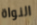
النواة